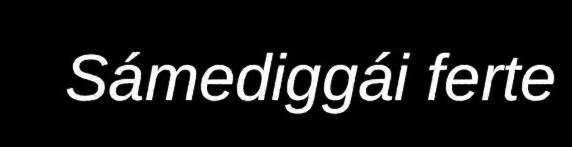
Sámediggái ferte